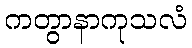
ကတွာနာကုသလံ